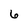
Character: 6